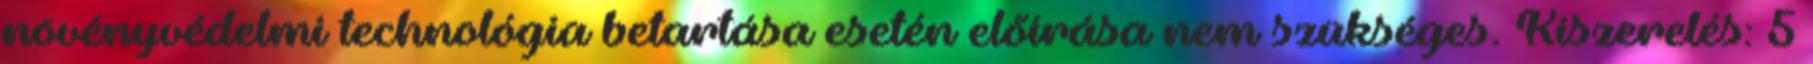
növényvédelmi technológia betartása esetén előírása nem szükséges. Kiszerelés: 5